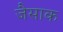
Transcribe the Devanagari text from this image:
जैसाक